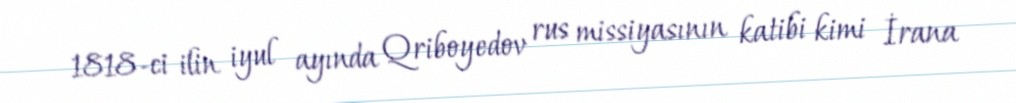
1818-ci ilin iyul ayında Qriboyedov rus missiyasının katibi kimi İrana